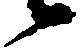
候